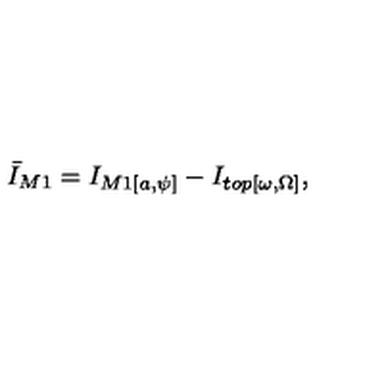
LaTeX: { \bar { I } } _ { M 1 } = I _ { M 1 [ a , \psi ] } - I _ { t o p [ \omega , \Omega ] } ,